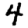
Digit: 4